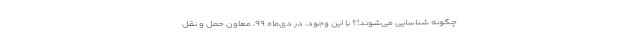
چگونه شناسایی می‌شوند!؟ با این وجود، در دی‌ماه ۹۹، معاون حمل و نقل